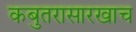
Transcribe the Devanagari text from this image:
कबुतरासारखाच